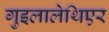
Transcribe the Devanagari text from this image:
गुइलालेथिएर